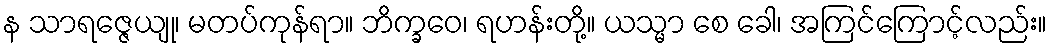
န သာရဇ္ဇေယျု၊ မတပ်ကုန်ရာ။ ဘိက္ခဝေ၊ ရဟန်းတို့။ ယသ္မာ စေ ခေါ၊ အကြင်ကြောင့်လည်း။